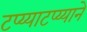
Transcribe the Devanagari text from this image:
टप्य्याटप्य्याने